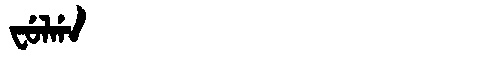
Manchu: ᠸᡠᠯᡤᠠ
Romanization: FULGA